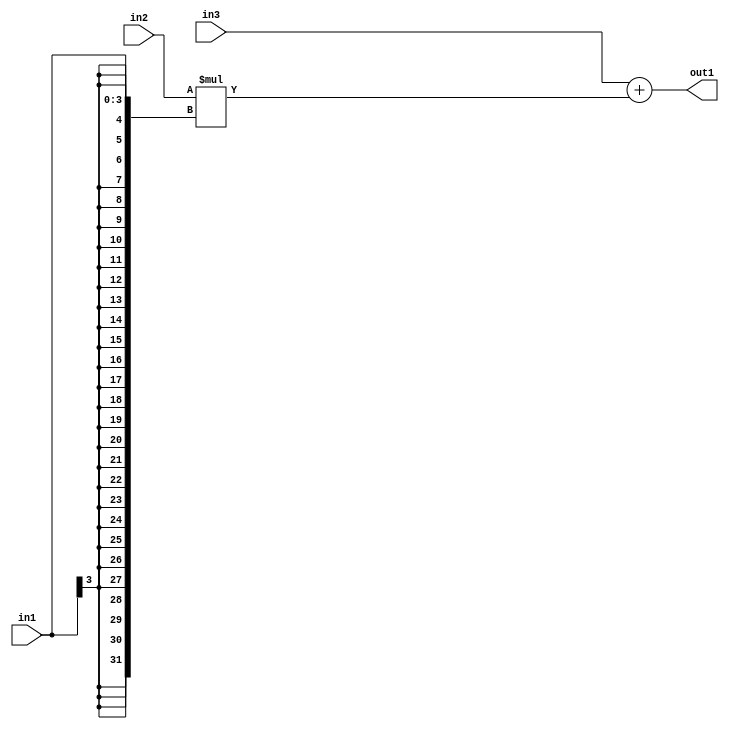
`timescale 1ps / 1ps
/*****************************************************************************
    Verilog RTL Description
    
    
    Created by: Stratus DpOpt 2019.1.01 
*******************************************************************************/

module GaussFilter_Add2Mul2s4u8s32_4 (
	in3,
	in2,
	in1,
	out1
	); /* architecture "behavioural" */ 
input [31:0] in3;
input [7:0] in2;
input [3:0] in1;
output [31:0] out1;
wire [31:0] asc001;

wire [31:0] asc001_tmp_0;
assign asc001_tmp_0 = 
	+(in3);
assign asc001 = asc001_tmp_0
	+(in2 * {{28{in1[3]}}, in1});

assign out1 = asc001;
endmodule

/* CADENCE  uLPxSA0= : u9/ySgnWtBlWxVPRXgAZ4Og= ** DO NOT EDIT THIS LINE ******/